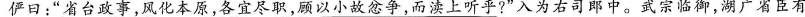
俨日：\underline{ “省台政事，风化本原，各宜尽职，顾以小故忿争，而渎上听乎?”}入为右司郎中。武宗临御，湖广省臣有